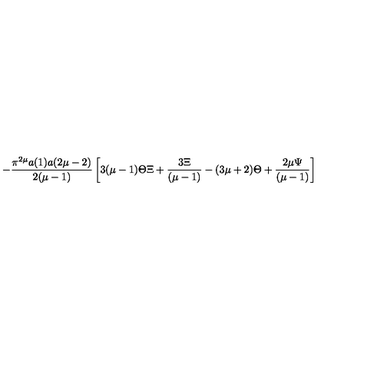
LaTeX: - \frac { \pi ^ { 2 \mu } a ( 1 ) a ( 2 \mu - 2 ) } { 2 ( \mu - 1 ) } \left[ 3 ( \mu - 1 ) \Theta \Xi + \frac { 3 \Xi } { ( \mu - 1 ) } - ( 3 \mu + 2 ) \Theta + \frac { 2 \mu \Psi } { ( \mu - 1 ) } \right]